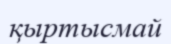
қыртысмай